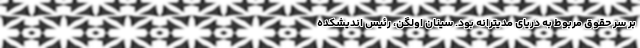
بر سر حقوق مربوط به دریای مدیترانه بود. سینان اولگن، رئیس اندیشکده